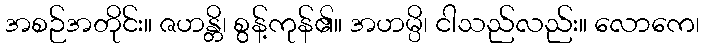
အစဉ်အတိုင်း။ ဇဟန္တိ၊ စွန့်ကုန်၏။ အဟမ္ပိ၊ ငါသည်လည်း။ လောကေ၊